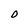
Character: D